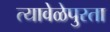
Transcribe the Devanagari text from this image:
त्यावेळेपुरता